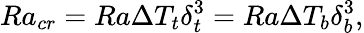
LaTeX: Ra_{cr}=Ra\Delta T_{t}\delta_{t}^{3}=Ra\Delta T_{b}\delta_{b}^{3},